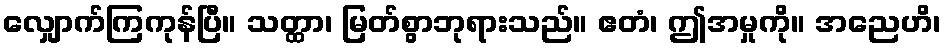
လျှောက်ကြကုန်ပြီ။ သတ္ထာ၊ မြတ်စွာဘုရားသည်။ ဧတံ၊ ဤအမှုကို။ အညေဟိ၊